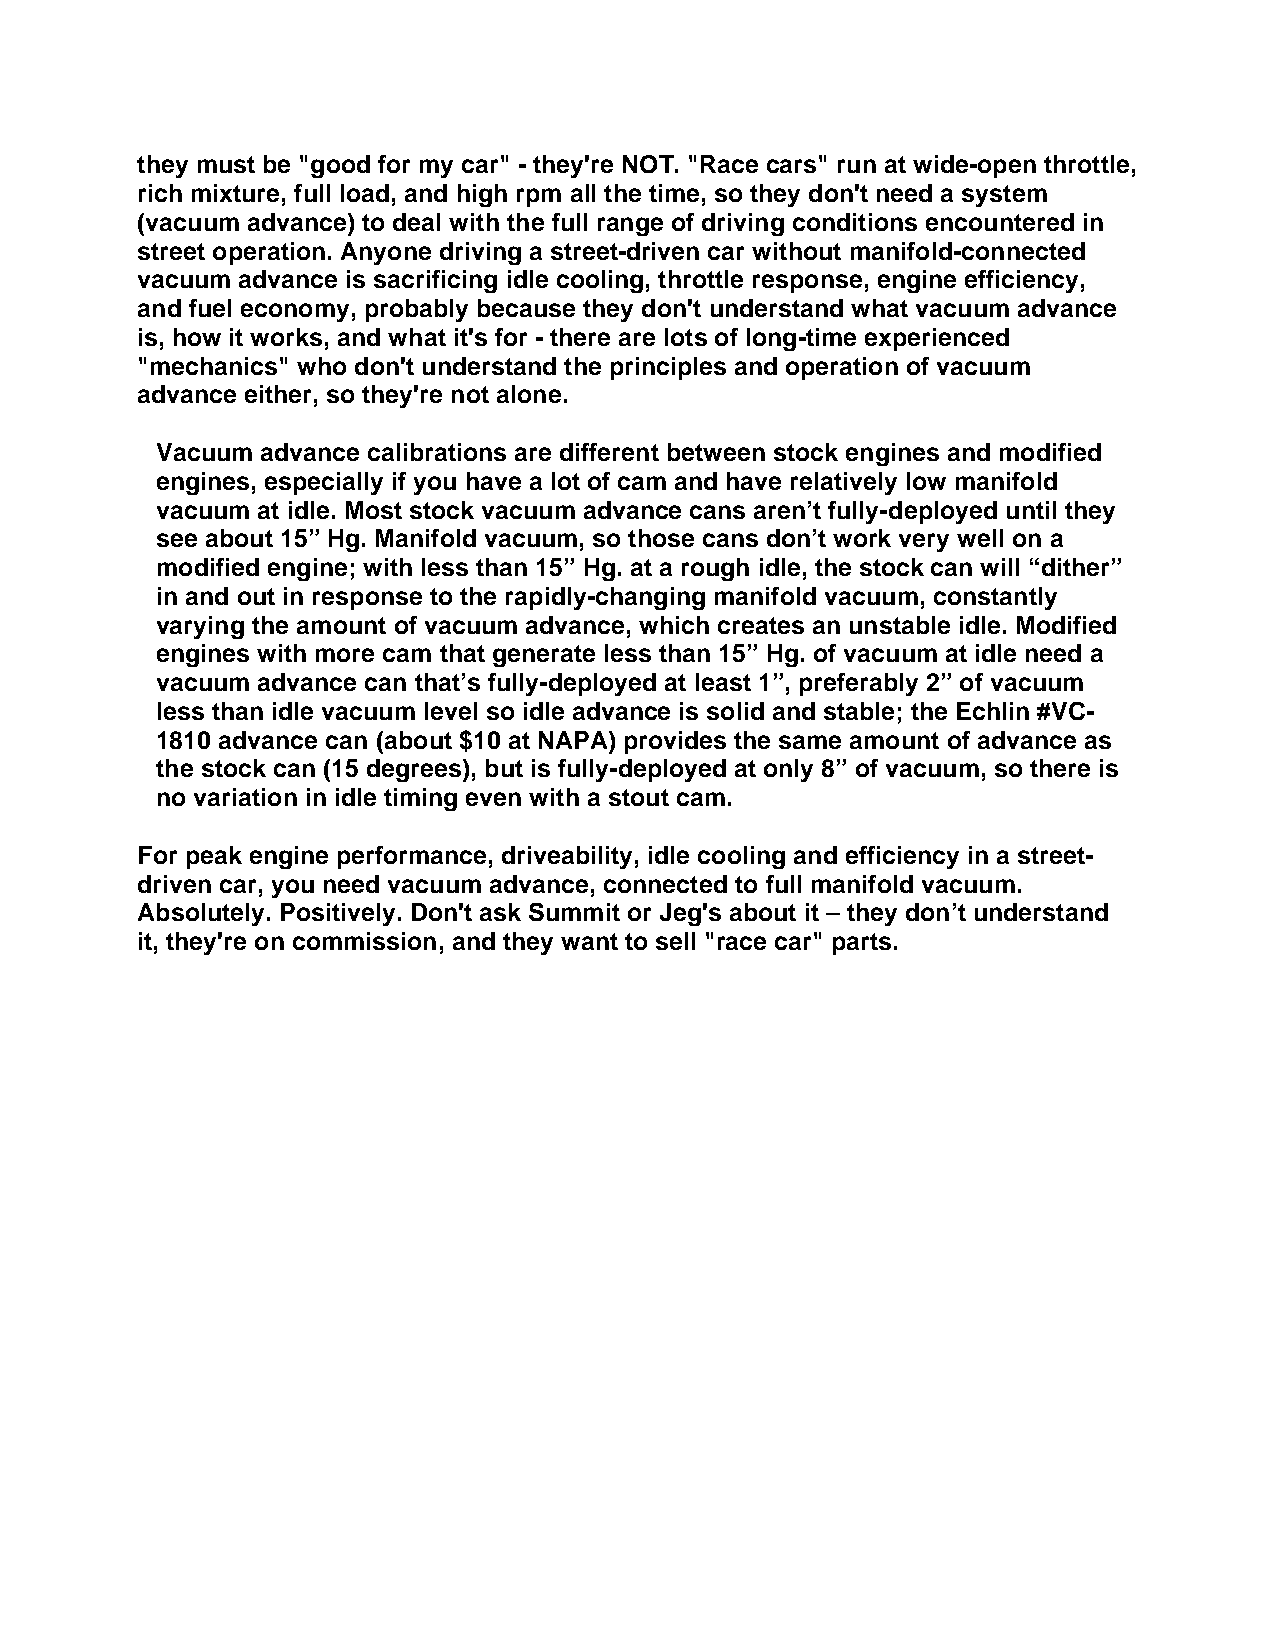
they must be "good for my car" - they're NOT. "Race cars" run at wide-open throttle,
 rich mixture, full load, and high rpm all the time, so they don't need a system
 (vacuum advance) to deal with the full range of driving conditions encountered in
 street operation. Anyone driving a street-driven car without manifold-connected
 vacuum advance is sacrificing idle cooling, throttle response, engine efficiency,
 and fuel economy, probably because they don't understand what vacuum advance
 is, how it works, and what it's for - there are lots of long-time experienced
 "mechanics" who don't understand the principles and operation of vacuum
 advance either, so they're not alone.
 Vacuum advance calibrations are different between stock engines and modified
 engines, especially if you have a lot of cam and have relatively low manifold
 vacuum at idle. Most stock vacuum advance cans aren’t fully-deployed until they
 see about 15” Hg. Manifold vacuum, so those cans don’t work very well on a
 modified engine; with less than 15” Hg. at a rough idle, the stock can will “dither”
 in and out in response to the rapidly-changing manifold vacuum, constantly
 varying the amount of vacuum advance, which creates an unstable idle. Modified
 engines with more cam that generate less than 15” Hg. of vacuum at idle need a
 vacuum advance can that’s fully-deployed at least 1”, preferably 2” of vacuum
 less than idle vacuum level so idle advance is solid and stable; the Echlin #VC-
 1810 advance can (about $10 at NAPA) provides the same amount of advance as
 the stock can (15 degrees), but is fully-deployed at only 8” of vacuum, so there is
 no variation in idle timing even with a stout cam.
 For peak engine performance, driveability, idle cooling and efficiency in a street-
 driven car, you need vacuum advance, connected to full manifold vacuum.
 Absolutely. Positively. Don't ask Summit or Jeg's about it – they don’t understand
 it, they're on commission, and they want to sell "race car" parts.